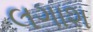
લગાશ